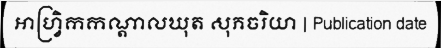
អាហ្វ្រិកកណ្តាលឃុត សុភចរិយា | Publication date